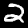
Digit: 2